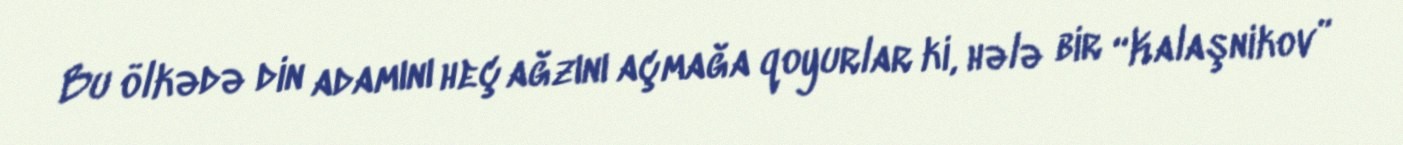
Bu ölkədə din adamını heç ağzını açmağa qoyurlar ki, hələ bir “Kalaşnikov”